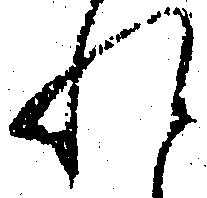
れ